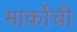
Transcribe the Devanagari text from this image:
मार्कोची